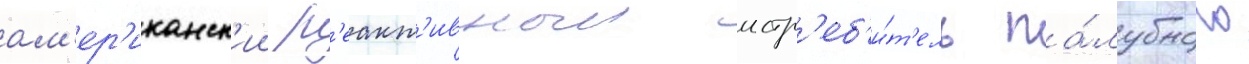
ам'ер'иканск'ии р'еакт'ивныи истр'еб'и́т'ель па́лубного